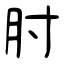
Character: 肘